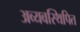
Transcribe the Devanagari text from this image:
अव्यवस्थिपित